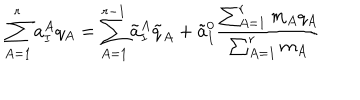
\sum _ { A = 1 } ^ { r } a _ { I } ^ { A } q _ { A } = \sum _ { A = 1 } ^ { r - 1 } \tilde { a } _ { I } ^ { A } \tilde { q } _ { A } + \tilde { a } _ { I } ^ { 0 } \frac { \sum _ { A = 1 } ^ { r } m _ { A } q _ { A } } { \sum _ { A = 1 } ^ { r } m _ { A } }